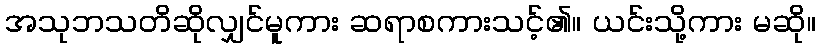
အသုဘသတိဆိုလျှင်မူကား ဆရာစကားသင့်၏။ ယင်းသို့ကား မဆို။